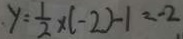
y = \frac { 1 } { 2 } \times ( - 2 ) - 1 = - 2